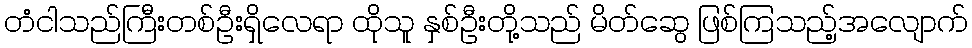
တံငါသည်ကြီးတစ်ဦးရှိလေရာ ထိုသူ နှစ်ဦးတို့သည် မိတ်ဆွေ ဖြစ်ကြသည့်အလျောက်